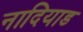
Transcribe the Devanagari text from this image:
नादियाड